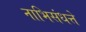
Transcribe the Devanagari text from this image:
नाभिसंधत्ते